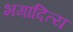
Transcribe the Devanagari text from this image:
भगादित्य